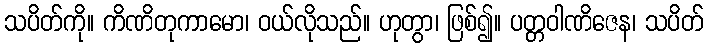
သပိတ်ကို။ ကိဏိတုကာမော၊ ဝယ်လိုသည်။ ဟုတွာ၊ ဖြစ်၍။ ပတ္တဝါဏိဇေန၊ သပိတ်